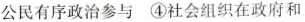
公民有序政治参与 ④社会组织在政府和